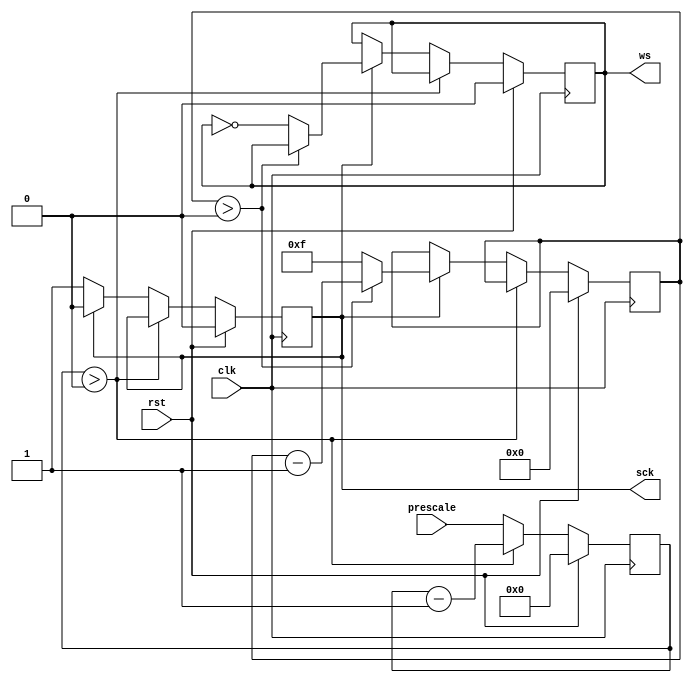
module i2s_ctrl #
(
    parameter WIDTH = 16
)
(
    input  wire              clk,
    input  wire              rst,

    /*
     * I2S interface
     */
    output wire              sck,
    output wire              ws,

    /*
     * Configuration
     */
    input  wire [15:0]       prescale
);

reg [15:0] prescale_cnt = 0;
reg [$clog2(WIDTH)-1:0] ws_cnt = 0;

reg sck_reg = 0;
reg ws_reg = 0;

assign sck = sck_reg;
assign ws = ws_reg;

always @(posedge clk) begin
    if (rst) begin
        prescale_cnt <= 0;
        ws_cnt <= 0;
        sck_reg <= 0;
        ws_reg <= 0;
    end else begin
        if (prescale_cnt > 0) begin
            prescale_cnt <= prescale_cnt - 1;
        end else begin
            prescale_cnt <= prescale;
            if (sck_reg) begin
                sck_reg <= 0;
                if (ws_cnt > 0) begin
                    ws_cnt <= ws_cnt - 1;
                end else begin
                    ws_cnt <= WIDTH-1;
                    ws_reg <= ~ws_reg;
                end
            end else begin
                sck_reg <= 1;
            end
        end
    end
end

endmodule